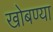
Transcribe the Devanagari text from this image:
खोबण्या